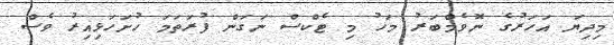
މިދިޔަ އަހަރުގެ ނޮވެމްބަރު މަހު މި ޓެކްސް ނަގަން ފުރަތަމަ ހުށަހަޅިއިރު ވެސް